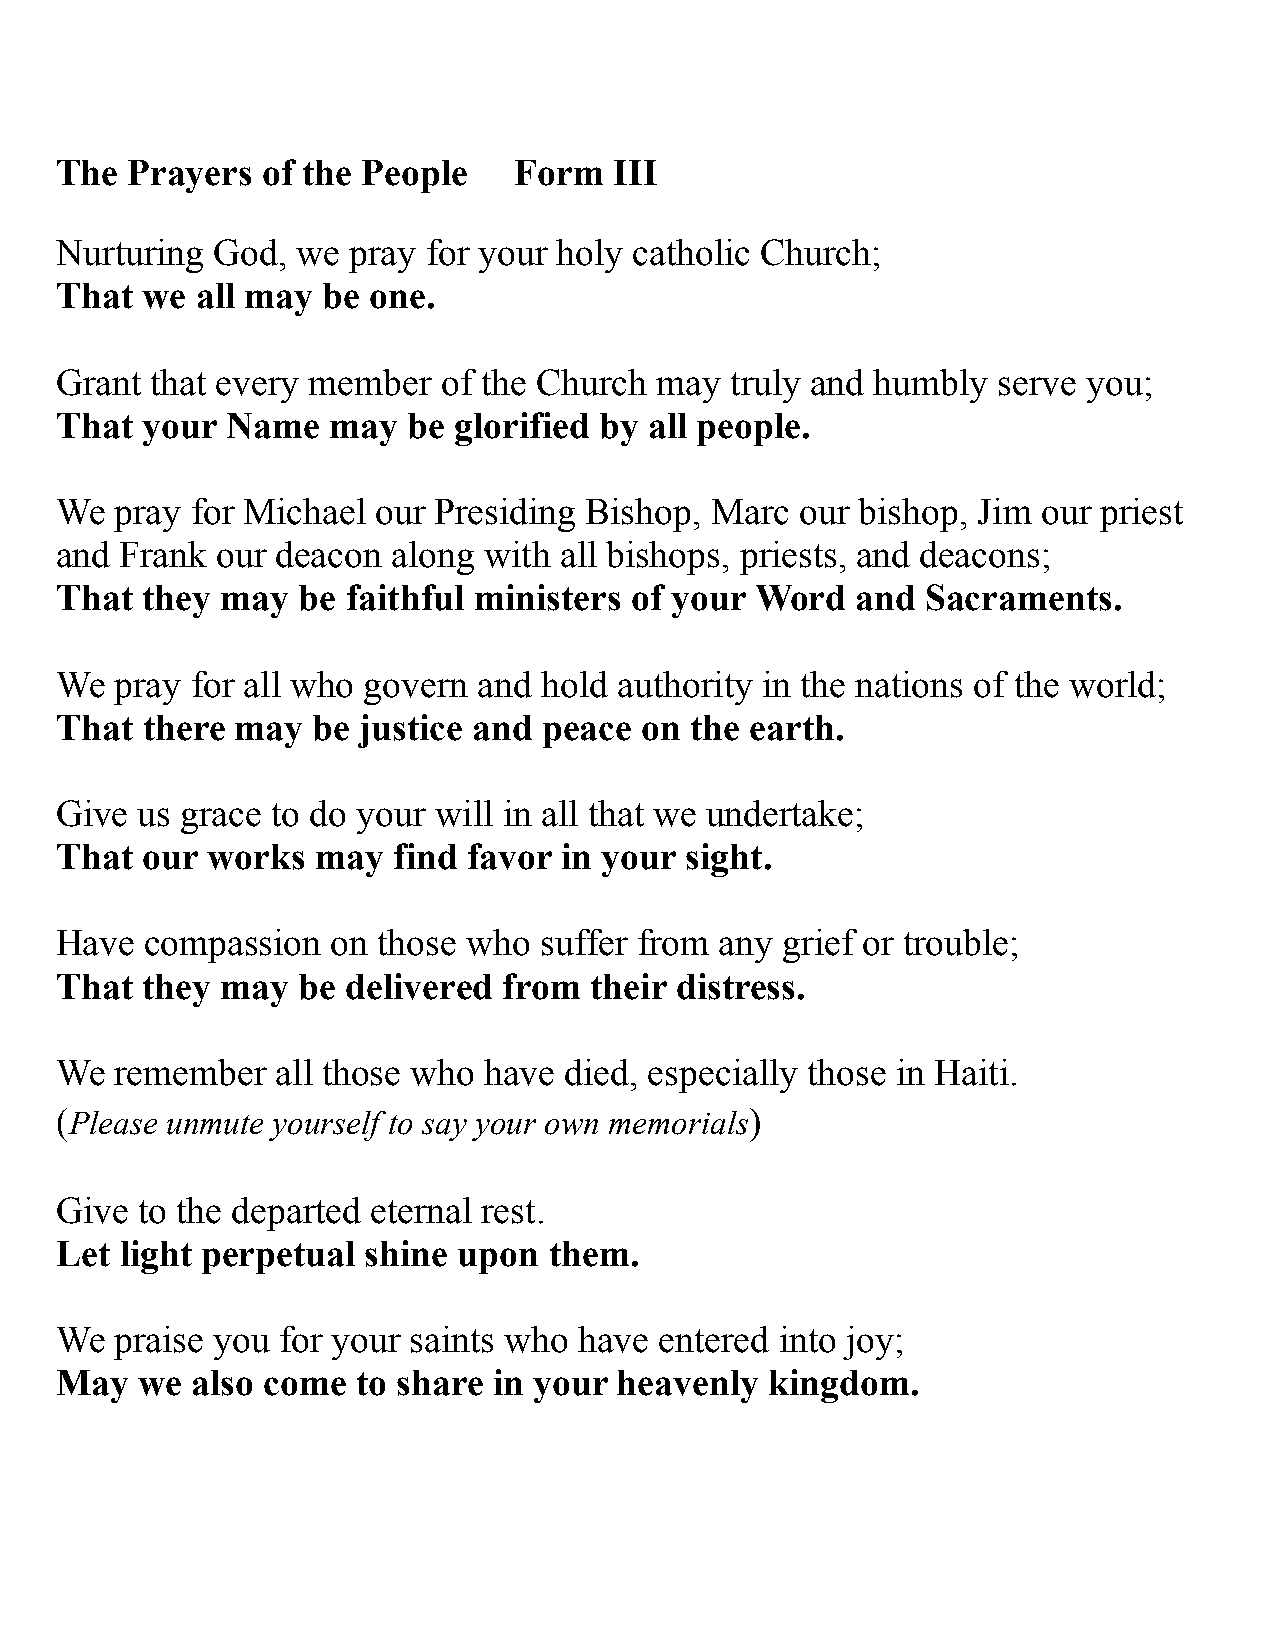
The Prayers  of the People    Form   III
 Nurturing God,  we pray for your holy catholic Church;
 That we  all may be one.
 Grant that every member  of the Church  may truly and humbly  serve you;
 That your  Name   may  be glorified by all people.
 We  pray for Michael our Presiding Bishop, Marc  our bishop, Jim our priest
 and Frank our deacon  along with all bishops, priests, and deacons;
 That they  may  be faithful ministers of your Word   and Sacraments.
 We  pray for all who govern and hold authority in the nations of the world;
 That there  may  be justice and peace  on the earth.
 Give us grace to do your will in all that we undertake;
 That our  works  may  find favor in your sight.
 Have  compassion  on those who  suffer from any grief or trouble;
 That they  may  be delivered from  their distress.
 We  remember  all those who have died, especially those in Haiti.
 (Please unmute yourself to say your own memorials)
 Give to the departed eternal rest.
 Let light perpetual shine upon  them.
 We  praise you for your saints who have entered into joy;
 May  we  also come  to share in your heavenly  kingdom.